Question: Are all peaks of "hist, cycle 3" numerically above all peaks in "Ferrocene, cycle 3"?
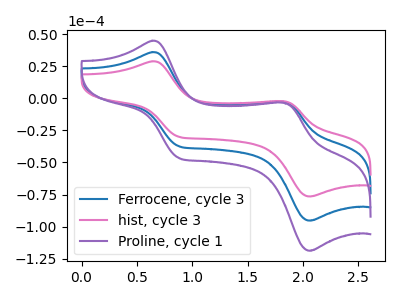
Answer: <think>The blue curve "Ferrocene, cycle 3" has anodic peaks at (0.65V, 36.20uA) (1.80V, -2.60uA) and cathodic peaks at (0.90V, -37.25uA) (2.05V, -95.35uA). The pink curve "hist, cycle 3" has anodic peaks at (0.65V, 29.05uA) (1.80V, -2.10uA) and cathodic peaks at (0.90V, -29.85uA) (2.05V, -76.50uA). The purple curve "Proline, cycle 1" has anodic peaks at (0.65V, 72.40uA) (1.80V, -5.20uA) and cathodic peaks at (0.90V, -74.45uA) (2.05V, -190.70uA).</think>
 <answer>The peaks in "hist, cycle 3" are neither all higher or all lower than the peaks in "Ferrocene, cycle 3".</answer>
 <eval>mixed</eval>